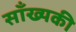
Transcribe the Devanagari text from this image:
साँख्यकी